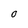
Character: O